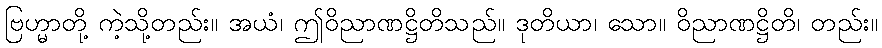
ဗြဟ္မာတို့ ကဲ့သို့တည်း။ အယံ၊ ဤဝိညာဏဋ္ဌိတိသည်။ ဒုတိယာ၊ သော။ ဝိညာဏဋ္ဌိတိ၊ တည်း။